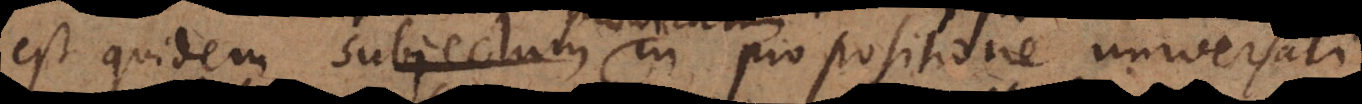
est quidem subjectum in propositione universali